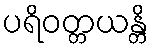
ပရိဝတ္တယန္တိ